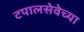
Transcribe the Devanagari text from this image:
टपालसेवेच्या